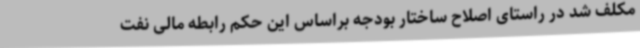
مکلف شد در راستای اصلاح ساختار بودجه براساس این حکم رابطه مالی نفت